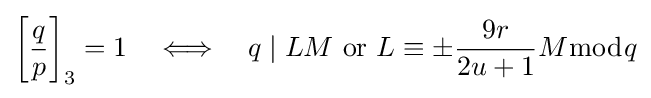
\left[{\frac {q}{p}}\right]_{3}=1\quad \Longleftrightarrow \quad q\mid LM{\text{ or }}L\equiv \pm {\frac {9r}{2u+1}}M{\bmod {q}}